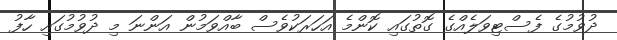
ދުވުމުގެ ފެސްޓިވަލެއްގެ ގޮތުގައި ކޮންމެ އަހަރަކުވެސް ބާއްވަމުން އަންނަ މި ދުވުމުގައި ހާފު